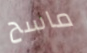
ماسح